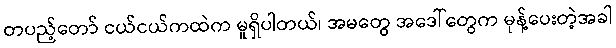
တပည့်တော် ငယ်ငယ်ကထဲက မူရှိပါတယ်၊ အမတွေ အဒေါ်တွေက မုန့်ပေးတဲ့အခါ